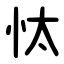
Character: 忲